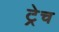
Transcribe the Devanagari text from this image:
ट्रेच